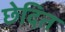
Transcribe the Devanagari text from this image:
छेदित